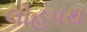
લોહપથ